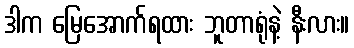
ဒါက မြေအောက်ရထား ဘူတာရုံနဲ့ နီးလား။